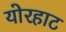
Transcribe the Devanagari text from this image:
योरहाट